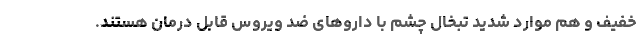
خفیف و هم موارد شدید تبخال چشم با داروهای ضد ویروس قابل درمان هستند.